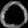
Digit: ၀